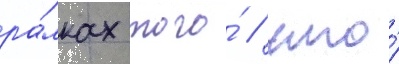
ра́мках того́ / что́